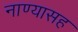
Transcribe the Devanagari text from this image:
नाण्यासह